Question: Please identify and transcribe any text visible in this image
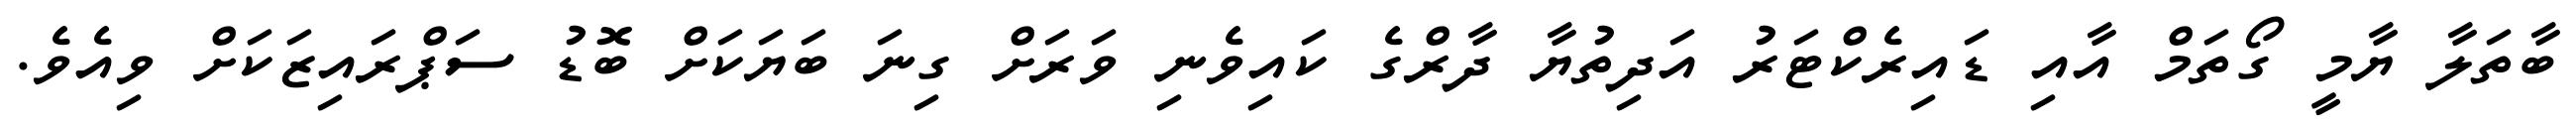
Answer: ބާތަލާ ޔާމީ ގޯތަމް އާއި ޑައިރެކްޓަރު އަދިތުޔާ ދާރްގެ ކައިވެނި ވަރަށް ގިނަ ބަޔަކަށް ބޮޑު ސަޕްރައިޒަކަށް ވިއެވެ.